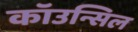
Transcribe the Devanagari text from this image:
कॉउन्सिल